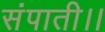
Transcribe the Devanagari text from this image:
संपाती।।